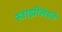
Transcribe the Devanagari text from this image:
स्वाझीलंडचे